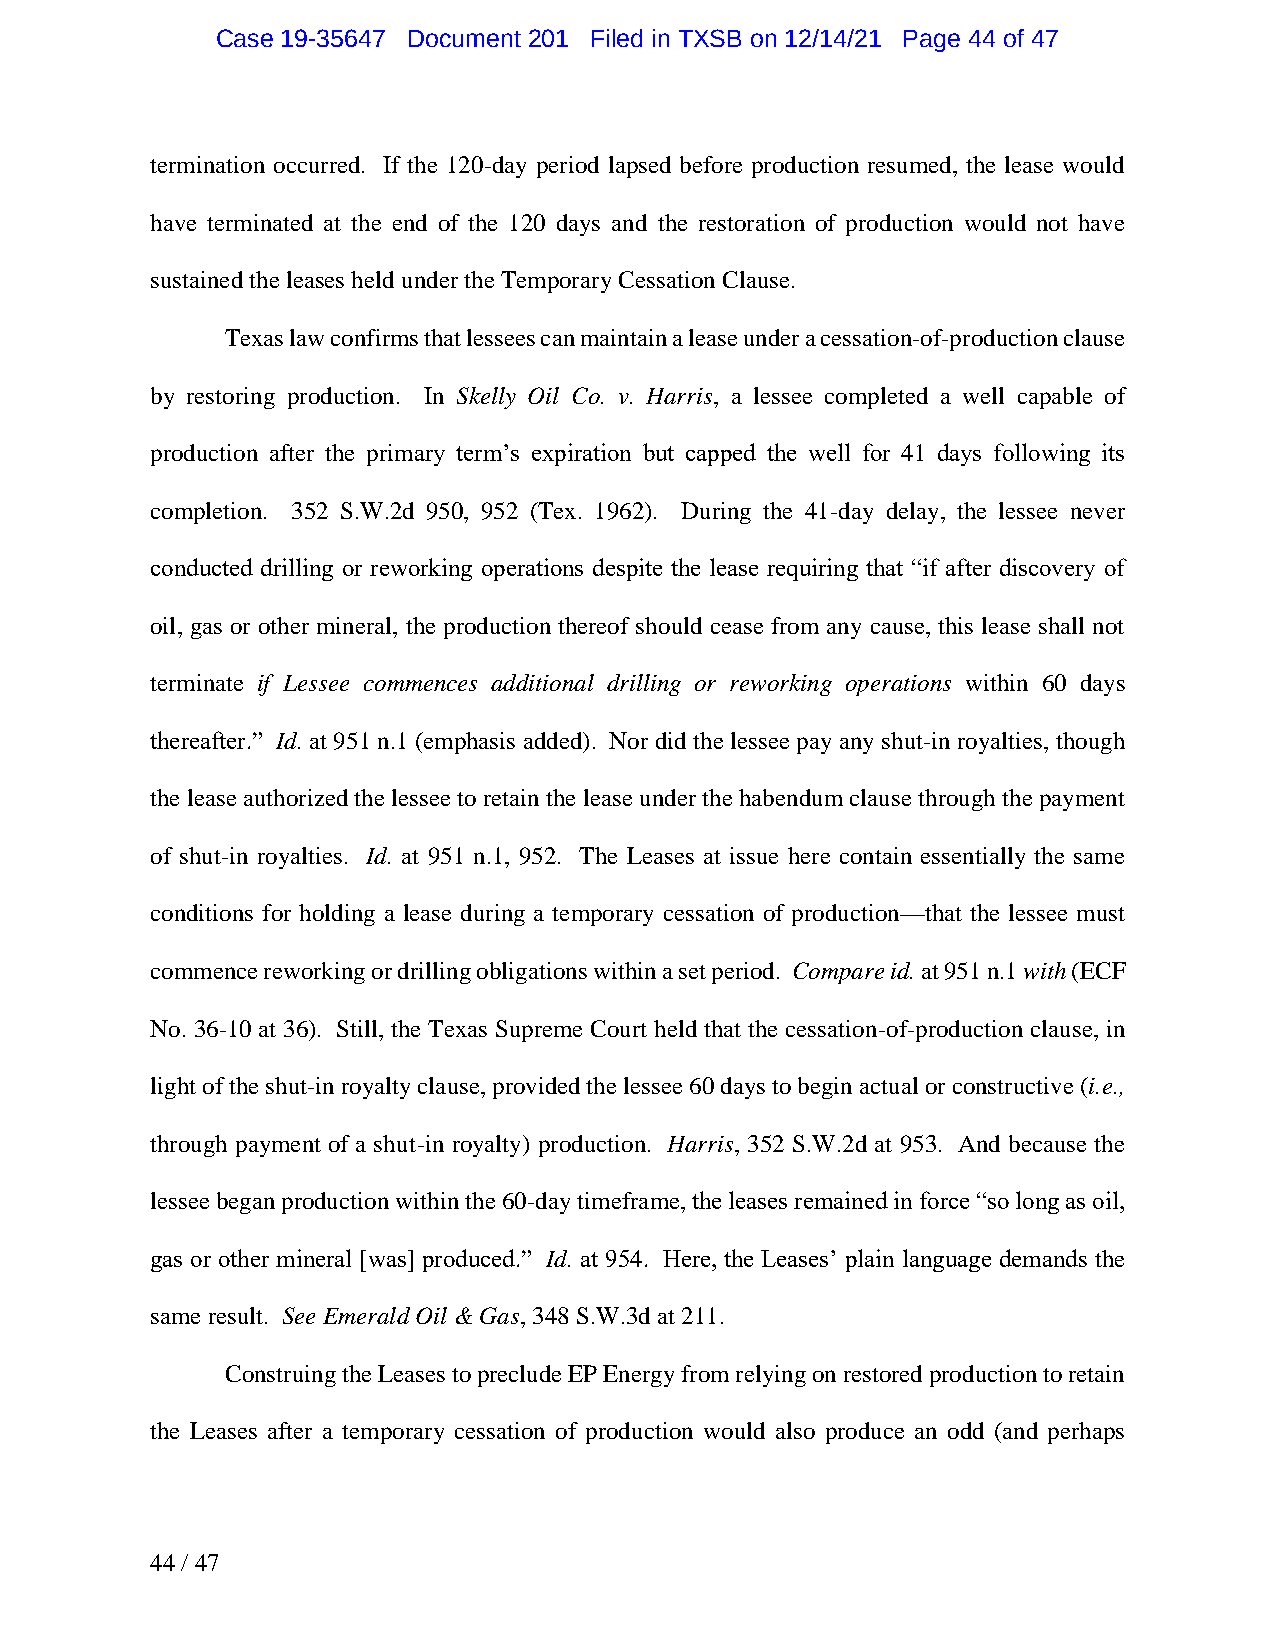
Case 19-35647 Document 201 Filed in TXSB on 12/14/21 Page 44 of 47
 termination occurred. If the 120-day period lapsed before production resumed, the lease would
 have terminated at the end of the 120 days and the restoration of production would not have
 sustained the leases held under the Temporary Cessation Clause.
 Texas law confirms that lessees can maintain a lease under a cessation-of-production clause
 by restoring production. In Skelly Oil Co. v. Harris, a lessee completed a well capable of
 production after the primary term’s expiration but capped the well for 41 days following its
 completion. 352 S.W.2d 950, 952 (Tex. 1962). During the 41-day delay, the lessee never
 conducted drilling or reworking operations despite the lease requiring that “if after discovery of
 oil, gas or other mineral, the production thereof should cease from any cause, this lease shall not
 terminate if Lessee commences additional drilling or reworking operations within 60 days
 thereafter.” Id. at 951 n.1 (emphasis added). Nor did the lessee pay any shut-in royalties, though
 the lease authorized the lessee to retain the lease under the habendum clause through the payment
 of shut-in royalties. Id. at 951 n.1, 952. The Leases at issue here contain essentially the same
 conditions for holding a lease during a temporary cessation of production—that the lessee must
 commence reworking or drilling obligations within a set period. Compare id. at 951 n.1 with (ECF
 No. 36-10 at 36). Still, the Texas Supreme Court held that the cessation-of-production clause, in
 light of the shut-in royalty clause, provided the lessee 60 days to begin actual or constructive (i.e.,
 through payment of a shut-in royalty) production. Harris, 352 S.W.2d at 953. And because the
 lessee began production within the 60-day timeframe, the leases remained in force “so long as oil,
 gas or other mineral [was] produced.” Id. at 954. Here, the Leases’ plain language demands the
 same result. See Emerald Oil & Gas, 348 S.W.3d at 211.
 Construing the Leases to preclude EP Energy from relying on restored production to retain
 the Leases after a temporary cessation of production would also produce an odd (and perhaps
 44 / 47